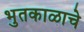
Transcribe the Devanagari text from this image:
भुतकाळाचे